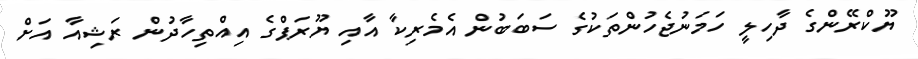
ޔޫކްރޭންގެ ދާހިލީ ހަމަނުޖެހުންތަކުގެ ސަބަބުން އެމެރިކާ އާއި ޔޫރަޕްގެ އިއްތިހާދުން ރަޝިއާ އަށް